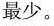
最少。